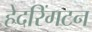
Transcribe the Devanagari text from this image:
हेदरिंगटन